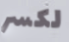
لكسر